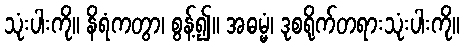
သုံးပါးကို။ နိရံကတွာ၊ စွန့်၍။ အဓမ္မံ၊ ဒုစရိုက်တရားသုံးပါးကို။